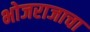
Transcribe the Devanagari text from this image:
भोजराजाचा